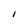
Character: I